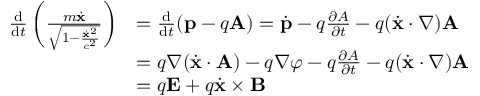
{ \begin{array} { r l } { { \frac { \mathrm { d } } { \mathrm { d } t } } \left( { \frac { m { \dot { \mathbf { x } } } } { \sqrt { 1 - { \frac { { \dot { \mathbf { x } } } ^ { 2 } } { c ^ { 2 } } } } } } \right) } & { = { \frac { \mathrm { d } } { \mathrm { d } t } } ( \mathbf { p } - q \mathbf { A } ) = { \dot { \mathbf { p } } } - q { \frac { \partial A } { \partial t } } - q ( { \dot { \mathbf { x } } } \cdot \nabla ) \mathbf { A } } \\ & { = q { \boldsymbol { \nabla } } ( { \dot { \mathbf { x } } } \cdot \mathbf { A } ) - q { \boldsymbol { \nabla } } \varphi - q { \frac { \partial A } { \partial t } } - q ( { \dot { \mathbf { x } } } \cdot \nabla ) \mathbf { A } } \\ & { = q \mathbf { E } + q { \dot { \mathbf { x } } } \times \mathbf { B } } \end{array} }